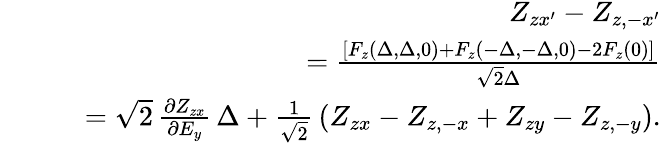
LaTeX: \begin{array}{rlr}&{}&{Z_{zx^{\prime}}-Z_{z,-x^{\prime}}}\\ &{}&{\quad=\frac{\left[F_{z}(\Delta,\Delta,0)+F_{z}(-\Delta,-\Delta,0)-2F_{z}(0)\right]}{\sqrt{2}\Delta}}\\ &{}&{\quad=\sqrt{2}\, \frac{\partial Z_{zx}}{\partial E_{y}}\, \Delta+\frac{1}{\sqrt{2}}\, (Z_{zx}-Z_{z,-x}+Z_{zy}-Z_{z,-y}).}\end{array}